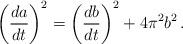
LaTeX: \begin{align*}\left({da\over dt}\right)^2 = \left({db\over dt}\right)^2+4\pi^2 b^2 \, .\end{align*}